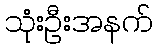
သုံးဦးအနက်